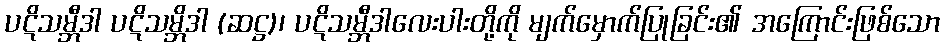
ပဋိသမ္ဘီဒါ ပဋိသမ္ဘိဒါ (ဆဋ္ဌ)၊ ပဋိသမ္ဘီဒါလေးပါးတို့ကို မျက်မှောက်ပြုခြင်း၏ အကြောင်းဖြစ်သော